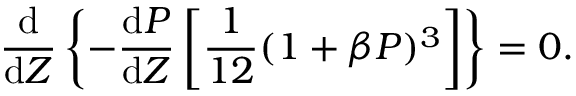
\frac { \mathrm { d } } { \mathrm { d } Z } \left\{ - \frac { \mathrm { d } P } { \mathrm { d } Z } \left[ \frac { 1 } { 1 2 } ( 1 + \beta P ) ^ { 3 } \right] \right\} = 0 .